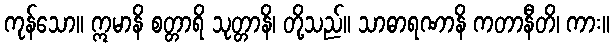
ကုန်သော။ ဣမာနိ စတ္တာရိ သုတ္တာနိ၊ တို့သည်။ သာဓာရဏာနိ ကတာနီတိ၊ ကား။